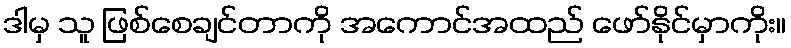
ဒါမှ သူ ဖြစ်စေချင်တာကို အကောင်အထည် ဖော်နိုင်မှာကိုး။